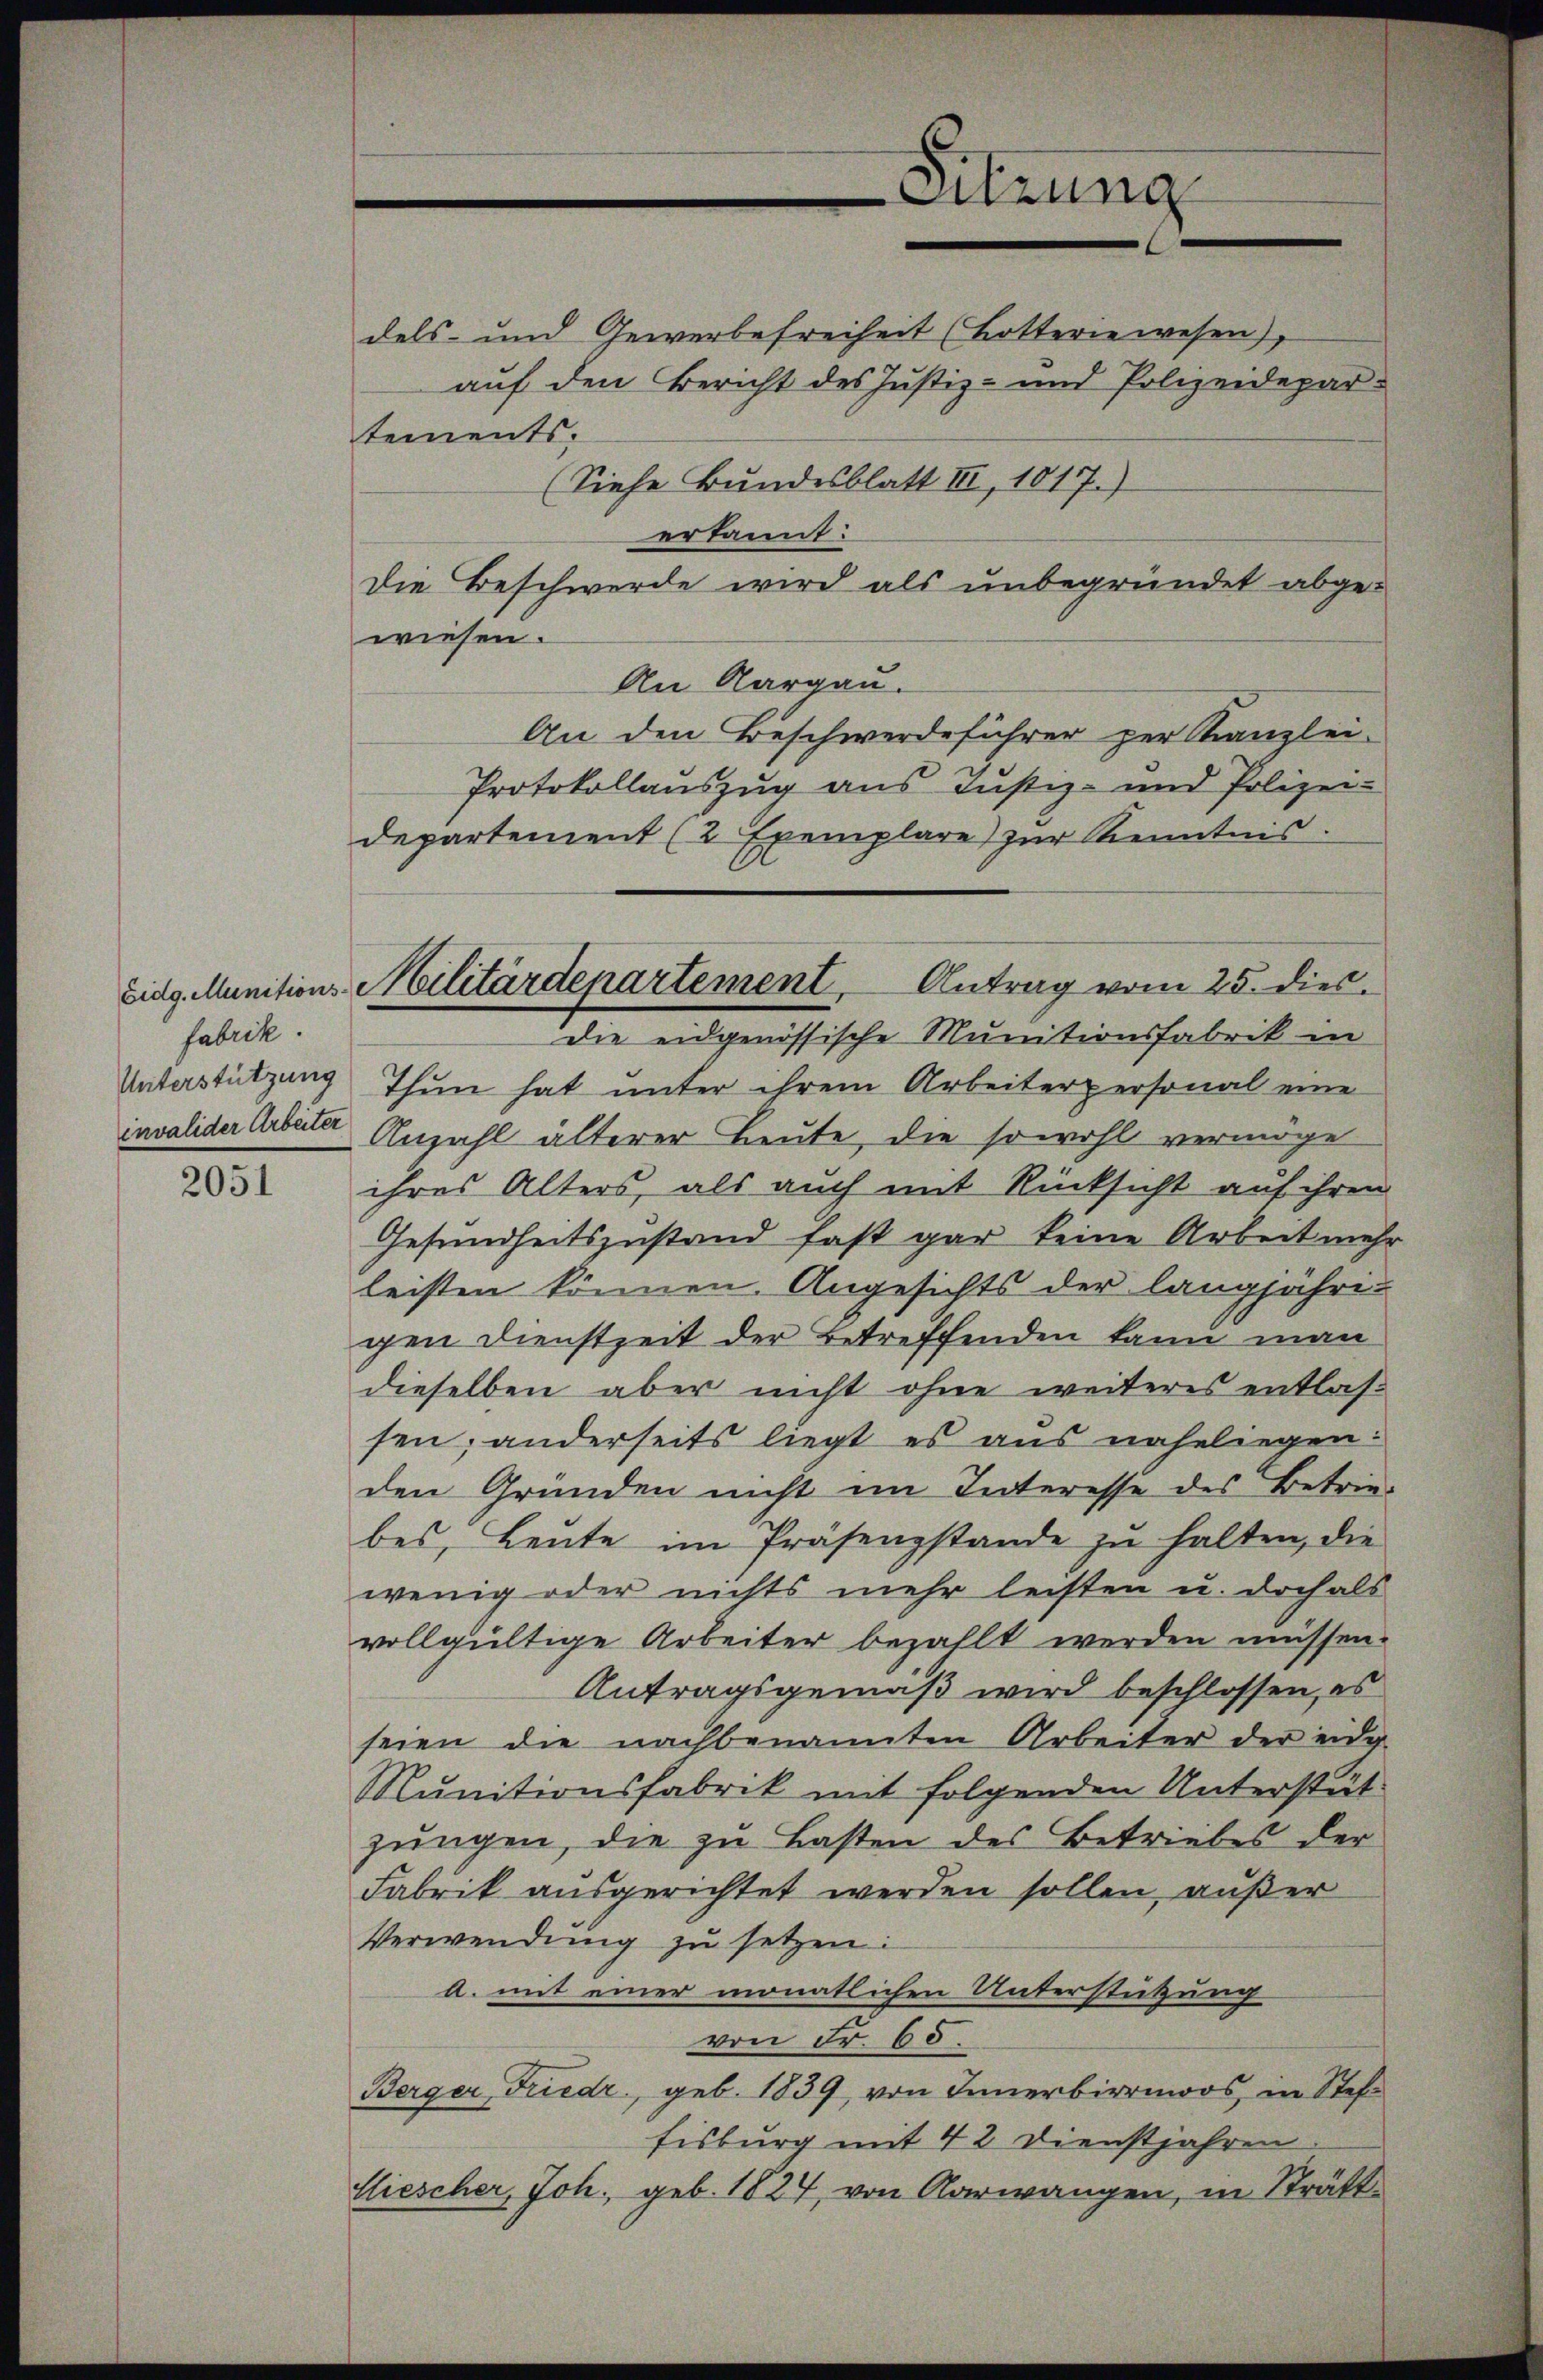
fabrik.
Unterstützung
invalider Arbeiter

2051

Eidg. Munitions-Militärdepartement Antrag vom 25. dies
die eidgenössische Munitionsfabrik in

dels- und Gewerbefreiheit (Botterie wesen,
auf den Bericht des Justiz- und Polizeidepartements.
(Siehe Bundesblatt III, 1017.)
erkannt:
Die Beschwerde wird als unbegründet abgewiesen.
An Aargau.
An den Beschwerdeführer per Kanzlei-
Protokollauszug aus Justiz- und Polizei-
departement (2 Exemplare) zŭr Kenntnis.
Thun hat unter ihrem Arbeiterpersonal eine
Anzahl älterer Leute, die sowohl vermöge
ihres Alters, als auch mit Rücksicht auf ihren
Gesundheitszustand fast gar keine Arbeit mehr
leisten können. Angesichts der langjähri-
gen Dienstzeit der Betreffenden kann man
dieselben aber nicht ohne weiteres entlassen; anderseits liegt es aus naheliegen:
den Gründen nicht im Interesse des Betrie-
bes, Leute im Präsenzstande zu halten, die
wenig oder nichts mehr leisten u. doch als
vollgültige Arbeiter bezahlt werden müssen.
Antragsgemäß wird beschlossen, es
seien die nachbenannten Arbeiter der eidg
Munitionsfabrik mit folgenden Unterstät
jungen, die zu Lasten des Betriebes der
Fabrik ausgerichtet werden sollen, außer
Verwendung zu setzen:
a. mit einer monatlichen Unterstützung
von Fr. 68.
Berger, Friedr, geb. 1839, von Innerbirrmoos, in Steffisburg mit 42 Dienstjahren
Fiescher, Joh. geb. 1824, von Aarwangen, in Strätt¬

Sitzung